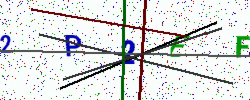
Text: 2P2EF